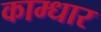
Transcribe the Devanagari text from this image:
काम्धार